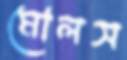
মোলস